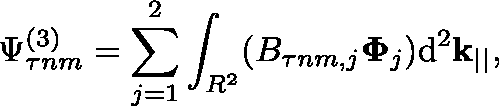
\Psi _ { \tau n m } ^ { ( 3 ) } = \sum _ { j = 1 } ^ { 2 } \int _ { \mathbb { R } ^ { 2 } } ( B _ { \tau n m , j } \mathbf { \Phi } _ { j } ) \mathrm { d } ^ { 2 } \mathbf { k } _ { | | } ,